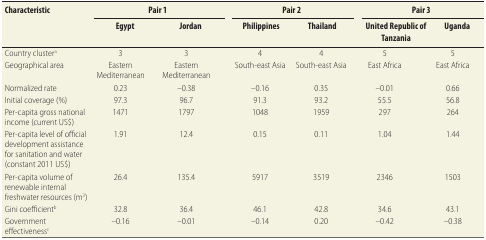
| <ROWSPAN=2> Characteristic | <COLSPAN=2> Pair 1 | <ROWSPAN=2>  | <COLSPAN=2> Pair 2 | <ROWSPAN=2>  | <COLSPAN=2> Pair 3 |
 | Egypt | Jordan | Philippines | Thailand | United Republic of Tanzania | Uganda |
 | --- | --- | --- | --- | --- | --- | --- | --- | --- |
 | Country clustera | 3 | 3 |  | 4 | 4 |  | 5 | 5 |
 | Geographical area | Eastern Mediterranean | Eastern Mediterranean |  | South-east Asia | South-east Asia |  | East Africa | East Africa |
 | Normalized rate | 0.23 | –0.38 |  | –0.16 | 0.35 |  | –0.01 | 0.66 |
 | Initial coverage (%) | 97.3 | 96.7 |  | 91.3 | 93.2 |  | 55.5 | 56.8 |
 | Per-capita gross national income (current US$) | 1471 | 1797 |  | 1048 | 1959 |  | 297 | 264 |
 | Per-capita level of official development assistance for sanitation and water (constant 2011 US$) | 1.91 | 12.4 |  | 0.15 | 0.11 |  | 1.04 | 1.44 |
 | Per-capita volume of renewable internal freshwater resources (m3) | 26.4 | 135.4 |  | 5917 | 3519 |  | 2346 | 1503 |
 | Gini coefficientb | 32.8 | 36.4 |  | 46.1 | 42.8 |  | 34.6 | 43.1 |
 | Government effectivenessc | –0.16 | –0.01 |  | –0.14 | 0.20 |  | –0.42 | –0.38 |